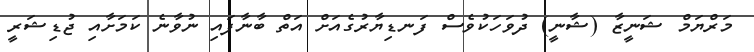
މަރްޔަމް ޝަނީޒާ (ޝާނީ) ދުވަހަކުވެސް ފަނޑިޔާރުގެއަށް އަތް ބާނާފައި ނުވާނެ ކަމަށާއި ޖުޑިޝަރީ